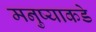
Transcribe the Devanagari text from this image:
मनुष्याकडे